[Report on the health of British troops in the Madras command]
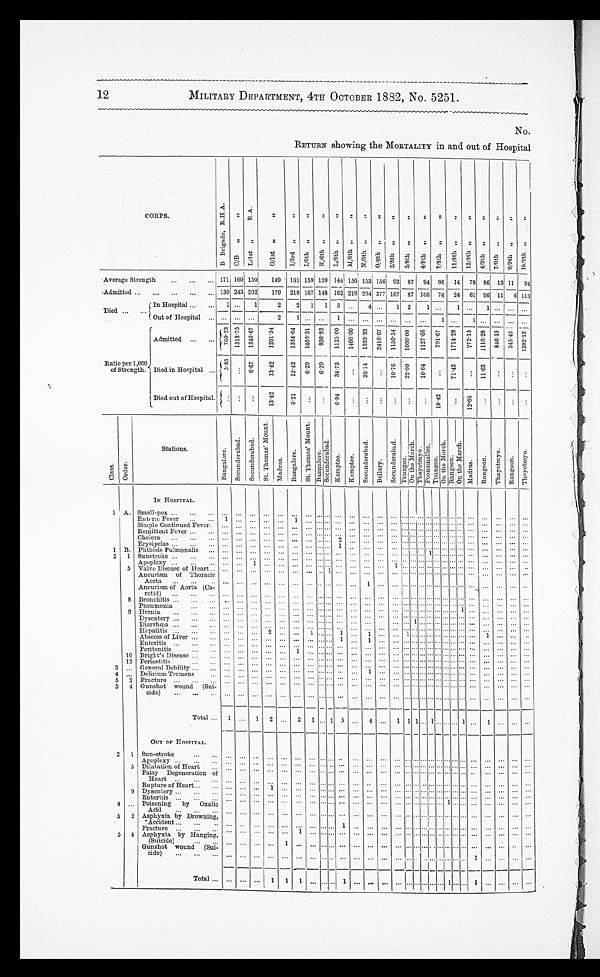
12
MILITARY DEPARTMENT, 4TH OCTOBER 1882, No. 5251.
No.
RETURN showing the MORTALITY in and out of Hospital
CORPS.
B B r i g a d e , R . H . A .
C/ B , ,
,,
L / 1 S T , , R . A .
O/ 1 s t , , , ,
I / 3 r d , , , , I / 6 t h , , , , K/ 6 t h , , , , L / 6 t h , , , ,
- -
M / 6 t h , , , , N/ 6 t h , , , , O / 6 t h , , , , 2 / 8 t h , , , , 3 / 8 t h , , , ,
,,,
c. ,-.
4 / 8 t h , , , , 7 / 8 t h , , , , 1 1 / 8 t h , , , , 1 2 / 8 t h , , , ,
1
4 / 9 t h , , , , 7 / 9 t h , , , , 9 / 9 t h , , , , 1 6 / 9 t h , , , ,
Average Strength
... ... ... 171 160 150 149 161 159 159 144! 1501
_____ 153 156 93 87 94 96 14 79 86 131 11 94
Admitted ... ... ... ... ...
—
130 243 202 179 218 167 148 162 ! 219 204 377 107 87 106 76 24 61 96 11 6 113
Died ... ...
In Hospital ... ... 1 ... 1
2
2 1 1 5 ... 4
...
1 2 1 ...
1 ... 1 ...
... ...
Out of Hospital ... ... ...
2 1 ... ... 1 ... ... ... ... ... ... ... ... 1 ... ... ... ...
Admitted ... ...
7 6 0 . 2 3 1 5 1 8 . 7 5 1 3 4 6 . 6 7 1 2 0 1 . 3 4
1 3 5 4 . 0 4 1 0 5 0 . 3 1 9 3 0 . 8 2 1 1 2 5 . 0 0 1 4 6 0 . 0 0 1 3 3 3 . 3 3 2416. 67
1 1 5 0 . 5 4 1 0 0 0 . 0 0 1 1 2 7 . 6 6
7 9 1 . 6 7 1 7 1 4 . 1 5 772. 15 111 8 4 6 . 1 5 5 4 5 . 4 5 1202. 13
Ratio per 1,000
of Strength. Died in Hospital ... 5. 85 ... 6.67 13. 42 12. 42 6. 29 6. 29 3 4 . 7 3 . 7 3 . 7 3
...
26. 14
... 10.7622.99 10.64 ... 71.43 ... 11.63... ... ...
Died out of Hospital. ... . . . . . . 13. 42 6.21
...
. . . 6.94 . . . ...
...
...
... ... 10.42 ... 12.66... ... ... ...
c l a s s o r d e r
Stations.
Ba n g a l o r e .
S e c u n d e r a b a d .
S e c u n d e r a b a d .
.
S t . T h o m a s ' M o u n t .
Madras.
B a n g a l o r e .
S T . T h o m a s ' M o u n t .
B a n g a l o r e S e c u n d e r a b a d . .
K a m p t e e K a mp t e e .
S e c u n d e r a b a d .
Be l l a r y .
S e c u n d e r b a d .
T o u n g o o .
O n t h e M a r c h .
Thayet myo.
Poonamal l ee.
T o u n g o o .
O n t h e M a r c h . R a n g o o n .
o n t h e M a r c h .
.
M a d r a s .
R a n g o o n .
T h a y e t my o .
Ra n g o o n .
a
A
T h a y e t m y o .
1
IN HOSPITAL.
A. Small-pox... ... ...
... ... ... ... ...
... ... ... ... ... ... ... ... ... ... ... ... ... .... ... ...... ...... ... ... ... ...
1
Enteric Fever ... ... 1 ... ... ... ... 1 ... ... ...... ... ... ... ... ... ... ... ...... ... ... ... ... ... ... ... ...
S i mp l e Co n t i n u e d F e v e r . SContinued Fever. ... ... ... ... ... ...... ... ... ... ... ... ... ... ... ... ... ... . . . . . . ... ... ... ... ... ... ...
Remittent Fever... ...... ... ... ... ... ... ... ... ... ... ... ... ... ... ... ...... ... ... ... ... ... ... ... ... ... ...
Chol era. . . . . . . . .
... ... ...... ... ... ... ... ...2 ... ... ... ... ... ... . . . . . . ... ...... ...... ... ... ... ...
Erysipelas ... ... ,.. ... ...... ... ...
. . . ... ... ... 1
... ... ... ... ...
... ... ... ... . . . . . . ... ... ... ...
Phthisis Pulmonalis ... ... ... ... ... ... ... ... ... ... ... ... ... ... ... ... ... ... 1 ... ... ... ... ... . ... ... ... ...
2 1 .
Sunstroke ... ... ...
... ... ...
. . . . . . ... ... ... ... ... . . . . . . . . . . ... ... ... ... ...... ... ...... ... ... ...
... ... ... ...
Apoplexy ... ... ... ... ...1 ... ... ... ... ... ...... ... ... ... 1 ... ...... ...... ...... ...... ... ... ... ...
5 Valve Disease of IT e a r t ... ... ... ... ... ... ... ...... 1... ... ... ... ... ... ...... ... ... ... ... ...... ... ... ... ...
Aneurism of Thoracic
Aorta ... ...
.. ... ...... ... ... ... ... ... ...... ... 1 ... ... ... ...... ..... ....... ...... ... ... ... ...
Aneurism of Aorta (Ca-
rotid) ...
... ... ... ... ...... ...
...... ... ...... ... ... ... ... ... ...... ...... ...... ...... ... ... ... ...
8 Bronchitis ... ... ...
.. ... ... ... ... ... ... ... ... ...
.. ... ... ... ... ...... ...... ...... ...... ... ... ... ...
Pneumonia ... ... ...
... ... ... ... ... ...
... ... ... ... ... ... ... ... ... ...... ...... ...... 1 ... ... ... ... ...
3
9
Hernia .... ... ...
... ... . . . . . . . . .
... ... . . . . . . ... . . . . . . . . . . . . . . . . . . . . . . . .
. . . . . .
. . . 1 . . . . . . ... ... . . .
10
Dysentery ... ... ... . . . ... . . . ... ... . . . . . . . . . . . . . . . . . . . . . . . . . . . . . . 1
. . . . . . . . . . . .
. . . . . . . . . ... ... . . . . . .
Diarrhoea ... ... ...
. . . ... ...
. . . . . . ... ... ... ... . . . . . . . . . . . . . . . . . . . . .
. . . . . . . . . . . . . . . . . .
. . . ... ... ... . . .
Hepatitis ... . . . . . .
. . . . . . . . .
2 . . . ... 1 ... ... 1 ... 1 ... ... 1 . . .
. . . . . . . . . . . .
. . . . . . ... 1 ... ... . . . . . . . . .
Abscess of Liver ... ... . . . . . . . . .
... ...
. . . . . . . . . . . . 1 . . . 1 . . . . . . . . . . . .
. . . . . . . . . . . .
. . . . . . . . . . . . . . . . . . . . .
Enteritis ... . . . . . .
. . . . . . . . .
. . . . . . . . . . . . . . . . . . . . . . . . . . . . . . . . . . . . . . .
. . . . . . . . . . . .
. . . . . . . . . . . . . . . . . . . . .
Peritonitis
... . . . . . . . . . . . .
. . . . . .
1 . . . . . . . . . . . . . . . . . . . . . . . . . . . . . .
. . . . . . . . . . . . . . . . . .
. . . . . . . . . . . . . . .
Bright's Disease ... ...
. . . . . . . . . ... ... ...
. . . . . . . . . . . . . . . . . . . . . . . . . . . . . .
. . . . . . . . . . . . . . . . . .
. . . . . . . . . . . . . . .
12 Periostitis ... ...
. . . . . . . . . ... ......
. . . . . . . . .
. . . . . . . . . . . . . . . . . . . . .
. . . . . . . . . . . . . . . . . .
. . . . . . . . . . . . . . .
. . . General Debility ... ... . . . . . . . . .
. . . . . .
... ...
. . . . . . . . .
...
. . . . . . . . . . . . . . .
. . . . . . . . . . . . . . . . . .
. . . . . . . . . . . . . . .
4
. . .
0Delirium Tremens ...
. . . . . . . . .
... ... 1 ...
. . . . . . . . . . . . . . . . . . . . . . . . . . .
. . . . . . . . .
. . . . . . . . . . . . . . . . . . . . .
5
2 Fracture ... ... ... . . . . . . . . .
. . . . . .
... ...
. . . . . .
. . . . . . . . . . . . . . . . . . . . . . . . . . . . . . . . .
. . . . . . . . . . . . . . .
...
. . .
5 4 Gunshot wound (Sui-
cide) „, ... ... . . .
...
. . .
... ... ... ...
. . . . . .
. . .
...
. . .
... ...
. . . . . .
. . . . . . . . . . . .
. . . . . . . . . . . . . . .
....
. . .
Total ... 1 . . . 1
2 . . .
2 1
. . . 1 5
. . . 4 . . . 1 1 1
. . . 1 . . . . . . . . . 1 . . . 1 . . .
... ...
OUT OP HOSPITAL.
2 1 Sun-stroke ... ...
. . .
... ... . . . . . .
...
. . . . . . . . . . . .
. . . . . . . . . . . . . . . . . .
. . . . . . . . . . . .
. . . . . . . . . . . . . . .
...
. . .
Apoplexy ... . . . . . . ... ... ... ... ... ...
. . . . . . . . . . . .
. . . . . . . . .
...
. . . . . .
. . . . . . . . . . . .
. . . . . . . . . . . . . . . ... ...
5 Dilatation of Heart ...
. . . ... ... . . . . . .
... ...
. . . . . . . . .
. .
...
. . . . . . . . . . . .
. . . . . . . . . . . .
. . . . . . . . . . . . . . . ... ...
Fatty Degeneration of
Heart ... . . . . . .
. . . ... ...
. . . . . .
...
. . . . . . . . . . . . . . .
...
. . .
...
. . . . . .
. . . . . . . . . . . .
. . . . . . . . . . . . . . . ... ...
Rupture of Heart... ... ... ... ... 1 ... ...
. . . . . . . . . . . . . . .
... ... ... . . . . . . . . . . . .
. . . . . .
. . . . . . . . .
. . . . . . ... ...
9 Dysentery ... . . . . . . ...
. . .
... . . . . . .
... ...
. . . . . . . . .
... ... ... ...
. . . . . . . . . . . .
. . . . . .
. . . . . . . . . ... . . . ... ...
Euteritis . . . . . . . . .
. . .
. . .
... ... ... ... ... . . . . . .
. . . . . .
... ... ...
. . . . . .
. . . . . . 1 . . .
. . . . . . . . . . . . . . . ... ...
4 ... Poisoning by Oxalic
Aci d . . . . . . . . .
. . .
. . .
... ... ... ... ... . . . . . .
. . . . . .
... ...
. . . . . . . . .
. . . . . . . . . . . .
. . . . . . . . . . . . . . . ... ...
5 2
... ...
Asphyxia by Drowning,
Accident ... ... ...
. . . ... ... . . . . . .
... ...
. . . . . . 1
. . .
... ...
. . . . . . . . .
. . . . . . . . . . . .
. . . . . . . . . . . . . . . ... ...
... ..
Fracture ... ... ...
. . . ... ... ... ... 1 ...
. . . . . . . . .
. . .
... ...
. . . . . . . . .
. . . . . . . . . . . . . . . . . . . . . . . . . . . ... ...
5 4 Asphyxia by Hanging.
(Suicide) ... ...
. . . ... ... ... 1
... ...
. . . . . . . . . ... ... ...
. . . . . . . . .
. . . . . . . . . . . .
. . . . . . . . . . . . . . .
... ...
Gunshot wound (Sui-
cide) ... ... ..
. . . ... ...
. . . . . .
... ...
. . . . . . . . . ... ... ...
. . . . . . . . .
. . . . . . . . . . . .
. . . . . . 1 . . . . . .
... ...
Total ...
. . .
... ... 1 1 1 ...
. . . . . . 1 ... ... ...
. . . . . . . . .
. . . . . . . . . . . .
. . . . . . 1 . . . . . .
... ...